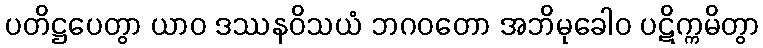
ပတိဋ္ဌပေတွာ ယာဝ ဒဿနဝိသယံ ဘဂဝတော အဘိမုခေါဝ ပဋိက္ကမိတွာ